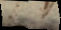
s